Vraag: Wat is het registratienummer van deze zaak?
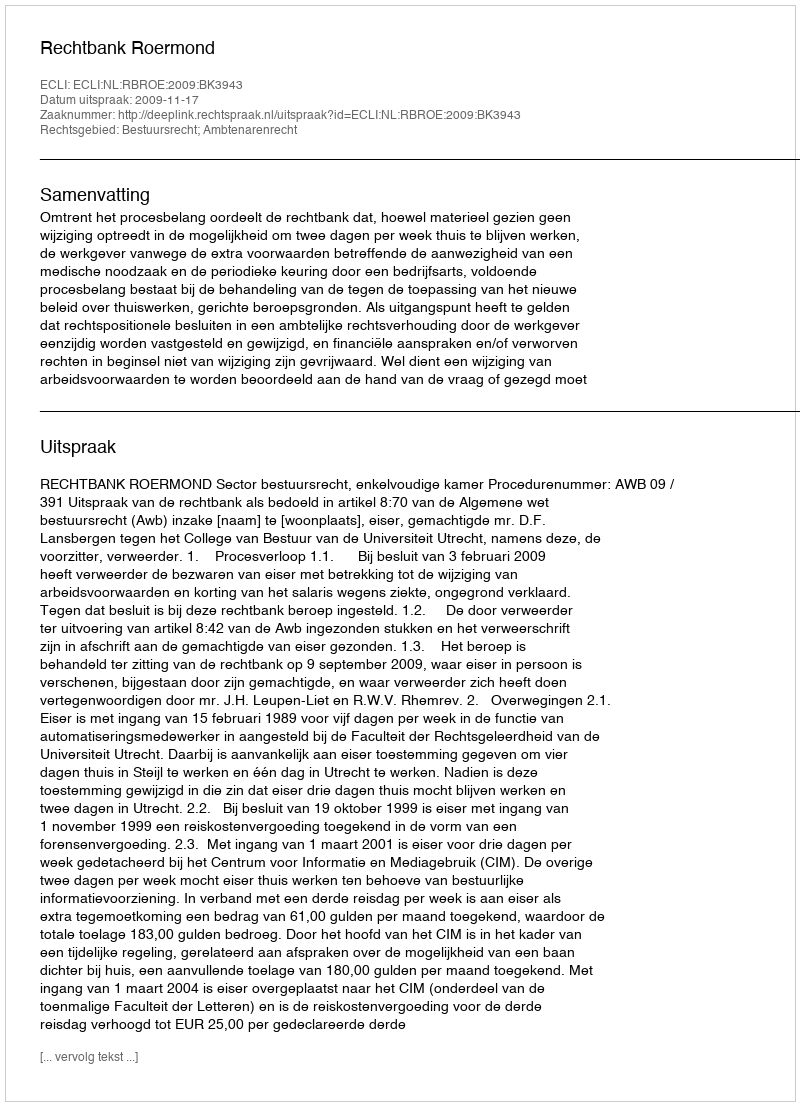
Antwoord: http://deeplink.rechtspraak.nl/uitspraak?id=ECLI:NL:RBROE:2009:BK3943